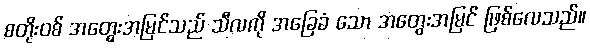
စတိုးဝစ် အတွေးအမြင်သည် သီလကို အခြေခံ သော အတွေးအမြင် ဖြစ်လေသည်။